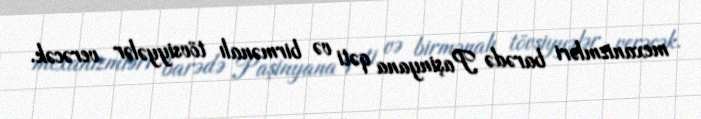
mexanizmləri barədə Paşinyana qəti və birmənalı tövsiyyələr verəcək.